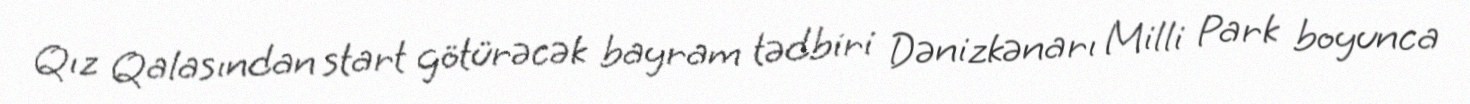
Qız Qalasından start götürəcək bayram tədbiri Dənizkənarı Milli Park boyunca